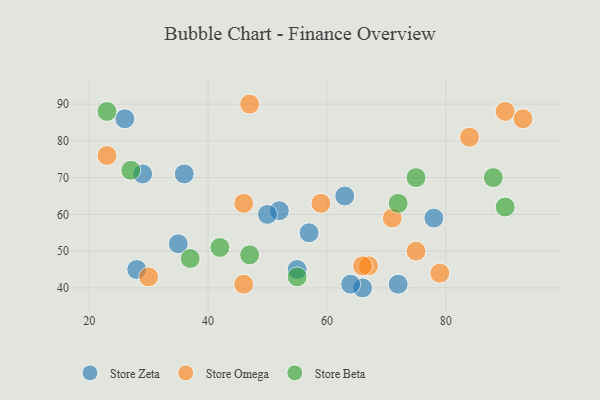
{"axis": {"x": "GDP", "y": "Life Expectancy"}, "legend": ["Store Beta", "Store Omega", "Store Zeta"], "data": [{"x": "72", "y": 41, "type": "Store Zeta"}, {"x": "63", "y": 65, "type": "Store Zeta"}, {"x": "78", "y": 59, "type": "Store Zeta"}, {"x": "36", "y": 71, "type": "Store Zeta"}, {"x": "35", "y": 52, "type": "Store Zeta"}, {"x": "55", "y": 45, "type": "Store Zeta"}, {"x": "28", "y": 45, "type": "Store Zeta"}, {"x": "26", "y": 86, "type": "Store Zeta"}, {"x": "29", "y": 71, "type": "Store Zeta"}, {"x": "66", "y": 40, "type": "Store Zeta"}, {"x": "52", "y": 61, "type": "Store Zeta"}, {"x": "50", "y": 60, "type": "Store Zeta"}, {"x": "57", "y": 55, "type": "Store Zeta"}, {"x": "64", "y": 41, "type": "Store Zeta"}, {"x": "30", "y": 43, "type": "Store Omega"}, {"x": "59", "y": 63, "type": "Store Omega"}, {"x": "23", "y": 76, "type": "Store Omega"}, {"x": "84", "y": 81, "type": "Store Omega"}, {"x": "90", "y": 88, "type": "Store Omega"}, {"x": "75", "y": 50, "type": "Store Omega"}, {"x": "67", "y": 46, "type": "Store Omega"}, {"x": "79", "y": 44, "type": "Store Omega"}, {"x": "46", "y": 63, "type": "Store Omega"}, {"x": "93", "y": 86, "type": "Store Omega"}, {"x": "46", "y": 41, "type": "Store Omega"}, {"x": "66", "y": 46, "type": "Store Omega"}, {"x": "71", "y": 59, "type": "Store Omega"}, {"x": "47", "y": 90, "type": "Store Omega"}, {"x": "72", "y": 63, "type": "Store Beta"}, {"x": "90", "y": 62, "type": "Store Beta"}, {"x": "27", "y": 72, "type": "Store Beta"}, {"x": "23", "y": 88, "type": "Store Beta"}, {"x": "37", "y": 48, "type": "Store Beta"}, {"x": "75", "y": 70, "type": "Store Beta"}, {"x": "88", "y": 70, "type": "Store Beta"}, {"x": "42", "y": 51, "type": "Store Beta"}, {"x": "47", "y": 49, "type": "Store Beta"}, {"x": "55", "y": 43, "type": "Store Beta"}]}